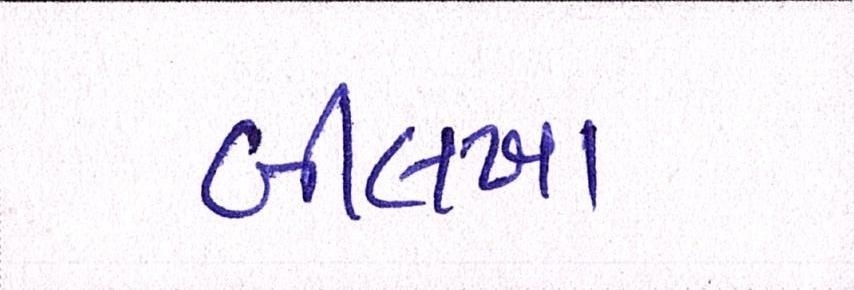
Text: બીલખા